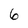
Character: 6